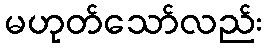
မဟုတ်သော်လည်း